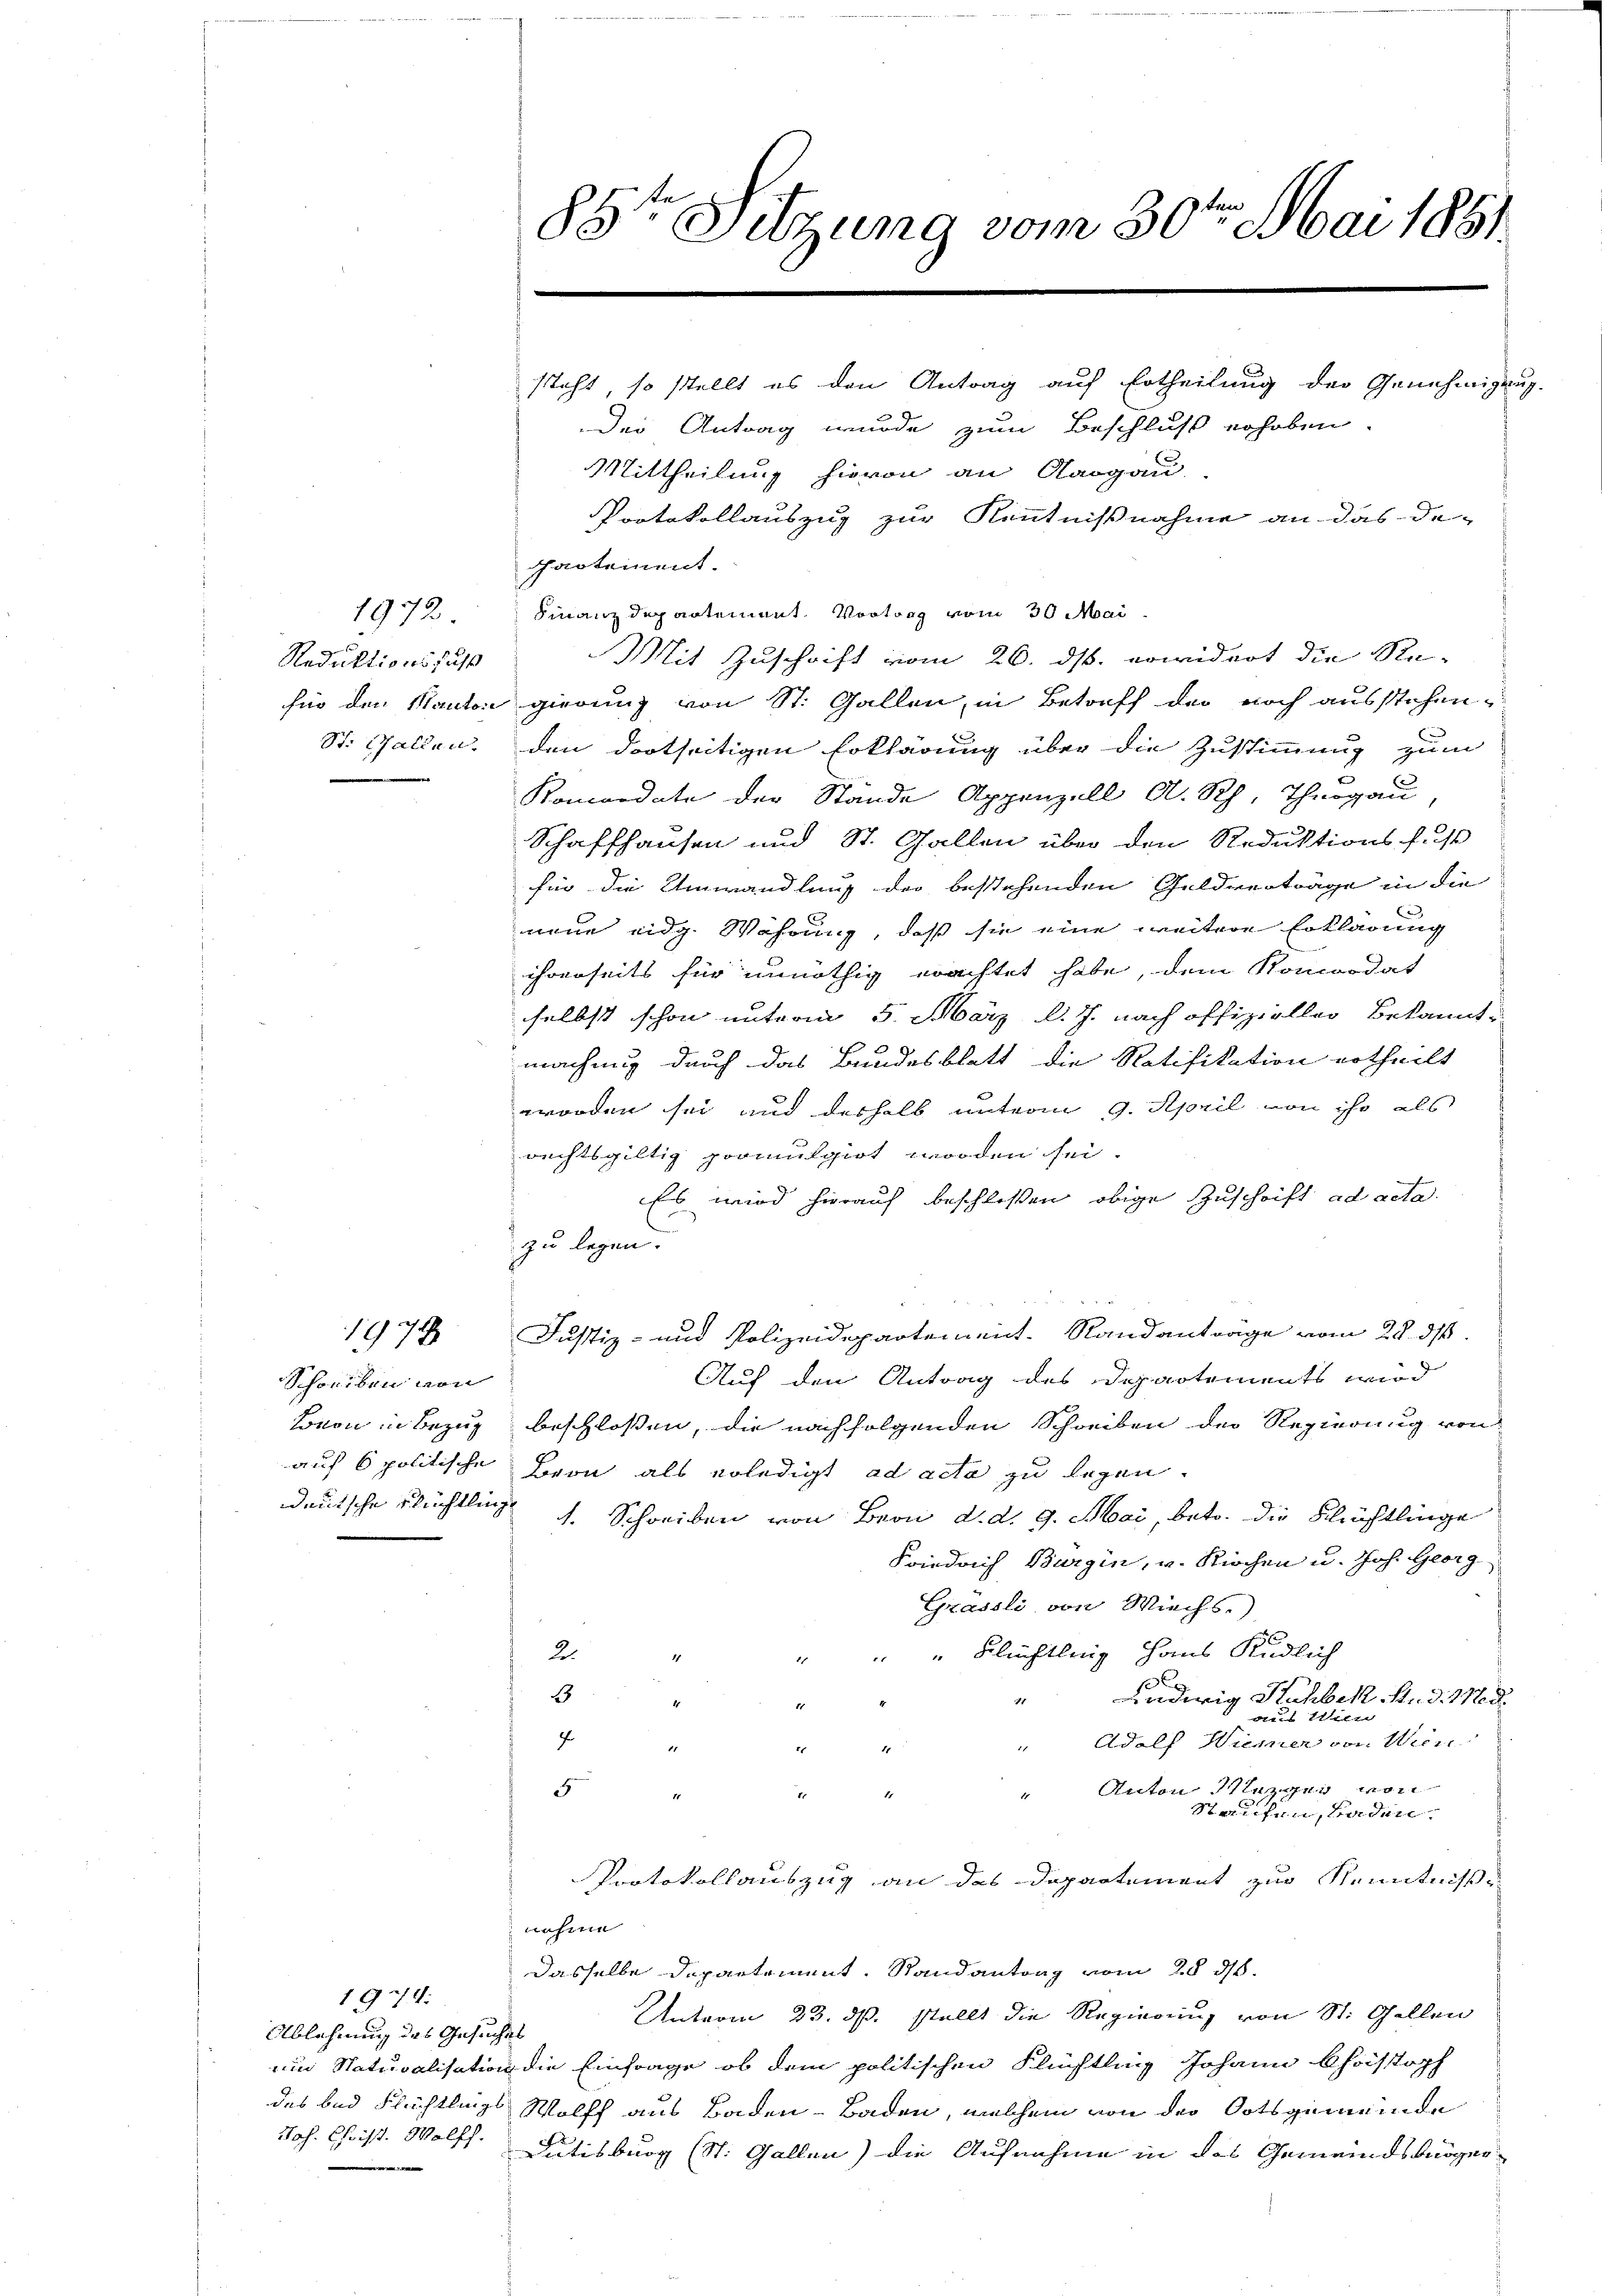
Reduktionsfuss
St. Gallen.

1972

1974

Schreiben von
deutsche Flüchtling

1974:
Ablehnung des Gesuches
des und Flüchtlings
Joh. Christ. Wolff.
e

85te Sitzung vom 30ten Mai 1881
steht, so stellt es den Antrag auf Ertheilung der Genehmigung.
Der Antrag wurde zum Beschluß erhoben.
Mittheilung hievon an Aargau,
Protokollauszug zur Kenntnißnahme an das De-

partement.
Finanzdepartement. Vortrag vom 30. Mai
Mit Zuschrift vom 26. ds. erwidert die Re-
für den Kanton gierung von St. Gallen, in Betreff der noch ausstehen,
den dortseitigen Erklärung über die Zustimmung zum
Komordate der Stände Appenzell A. Rh. Thurgau
Schaffhausen und St. Gallen über den Reduktionsfuß
fün die Umwandlung der bestehenden Geldverträge in die
i
neue eidg. Währung, daß sie eine weitere Erklärung
ihrenseits für unnöthig erachtet habe, dem Koncordat
selbst schon unterm 5. März d. J. nach offizieller Bekannt
.
machung durch das Bundesblatt die Ratifikation ertheilt
worden sei und deshalb unterm 9. April von ihr als
rechtsgültig promulgirt worden sei.
Es wird hierauf beschlossen obige Zuschrift ad acta.
zu legen.
Justiz- und Polizeidepartement. Randanträge vom 28. ds.
Auf den Antrag des Departements wird
Beon in Bezug beschlossen, die nachfolgenden Schreiben der Regierung von
auf 6 politische Bron als erledigt ad acta zu legen.
. Schreiben von Bern d. d. 9. Mai, betr. die Flächtlinge
Friedrich Burgin, u. Kirchen u. Joh. Georg
Grässli, von Wiechs.
2
" Flüchtling Haus Rüdlich
B
Ludwig Kuhbek, Str. d. Med.
1
rius Illiten
f
Adolf Wiener von Wiene
Anton Luzer von
5
3
1
Staufen, Baden.
Protokollauszug an das Departement zur Kenntniß
nohme
dasselbe Departement. Randantrag vom 28 d.
Unterm 23. ds. stellt die Regierung von St. Gallen
um Staturalisation die Einfrage, ob dem politischen Flüchtling Johann Christoph
Wolff aus Baden-Baden, welchem von der Ortsgemeinde
Dutisburg (St. Gallen) die Aufnahme in das Gemeindsbögen